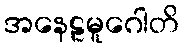
အနေဠမူဂေါတိ